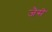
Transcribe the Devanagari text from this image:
जैसॆ